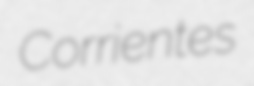
Corrientes